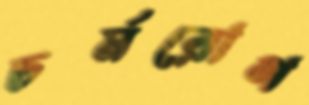
চর্মরোগ